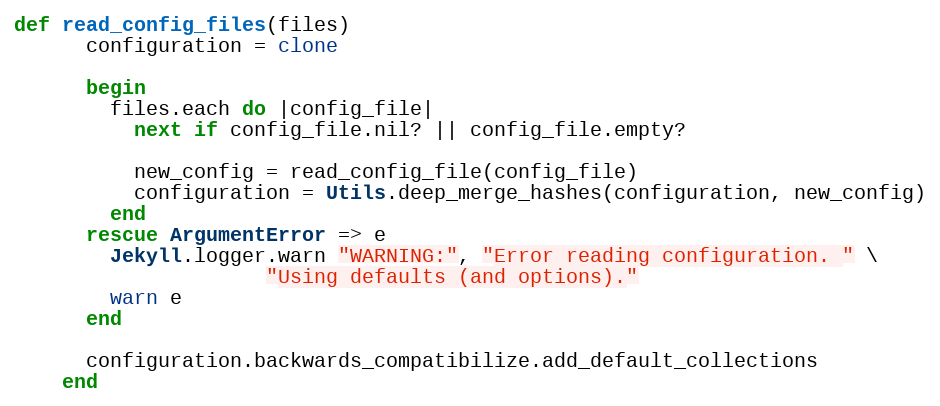
Language: Ruby
def read_config_files(files)
      configuration = clone

      begin
        files.each do |config_file|
          next if config_file.nil? || config_file.empty?

          new_config = read_config_file(config_file)
          configuration = Utils.deep_merge_hashes(configuration, new_config)
        end
      rescue ArgumentError => e
        Jekyll.logger.warn "WARNING:", "Error reading configuration. " \
                     "Using defaults (and options)."
        warn e
      end

      configuration.backwards_compatibilize.add_default_collections
    end